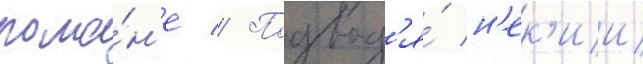
рома́н'е // Подвод'я́ н'ек'ии